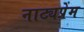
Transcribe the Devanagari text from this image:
नाट्यप्रेम